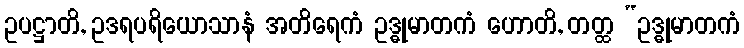
ဥပဋ္ဌာတိ, ဥဒရပရိယောသာနံ အတိရေကံ ဥဒ္ဓုမာတကံ ဟောတိ, တတ္ထ “ဥဒ္ဓုမာတကံ